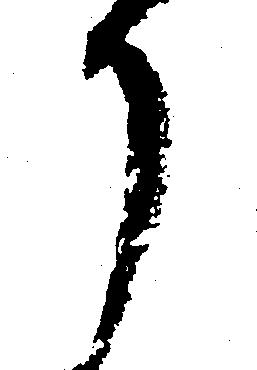
か